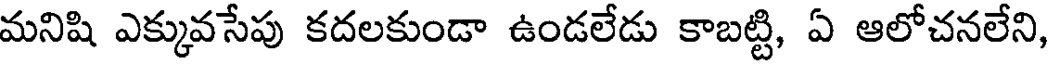
మనిషి ఎక్కువసేపు కదలకుండా ఉండలేడు కాబట్టి, ఏ ఆలోచనలేని,